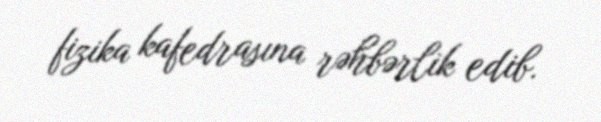
fizika kafedrasına rəhbərlik edib.